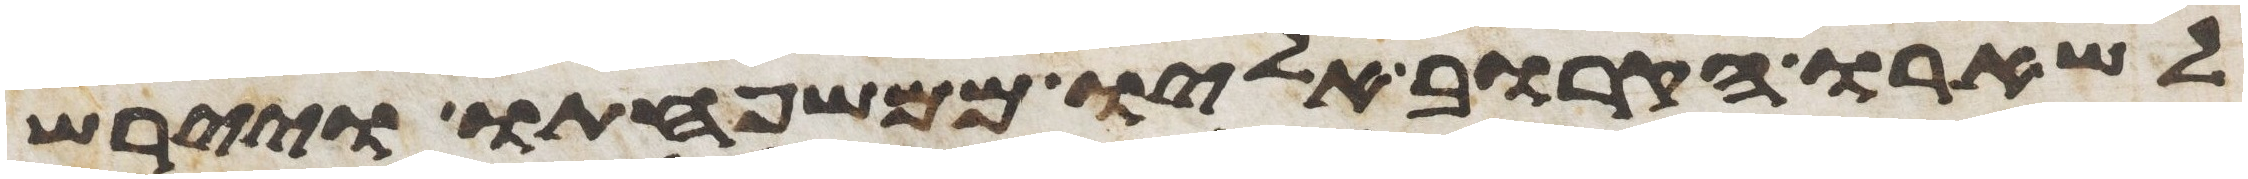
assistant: לשארו הקרוב אליו ממשפחתו ויירש